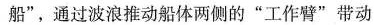
船”，通过波浪推动船体两侧的”工作臂”带动